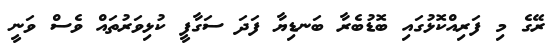
ރޭގެ މި ފަރިއްކޮޅުގައި ބޮޑުބެރާ ބަނޑިޔާ ފަދަ ސަގާފީ ކުޅިވަރުތައް ވެސް ވަނީ